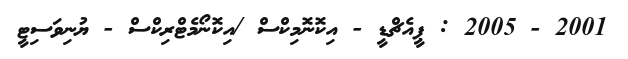
2001 - 2005 : ޕީއެޗްޑީ - އިކޮނޮމިކްސް /އިކޮނޯމެޓްރިކްސް - ޔުނިވަސިޓީ